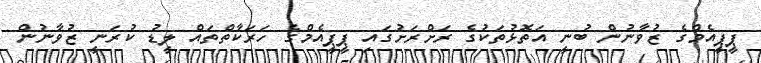
ޕީޕީއެމްގެ ޒުވާނުން ބުނީ އަތޮޅުތަކުގެ ރަށްރަށުގައި ޕީޕީއެމްގެ ހަރަކާތްތައް ލީޑު ކުރަނީ ޒުވާނުން